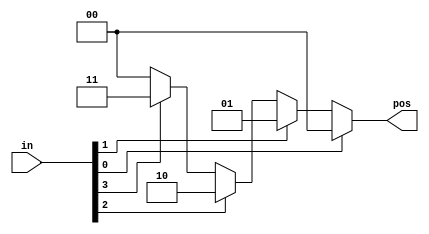
module top_module (
    input [3:0] in,
    output reg [1:0] pos  );
    always @(*)begin
        //case(1)case(in)
        //case()casecasecase(1)
        //veriloghdlbits
        case (1)
            in[0]==1:pos = 0;
            in[1]==1:pos = 1;
            in[2]==1:pos = 2;
            in[3]==1:pos = 3;
            default :
                pos = 0;
        endcase
    end
    
endmodule